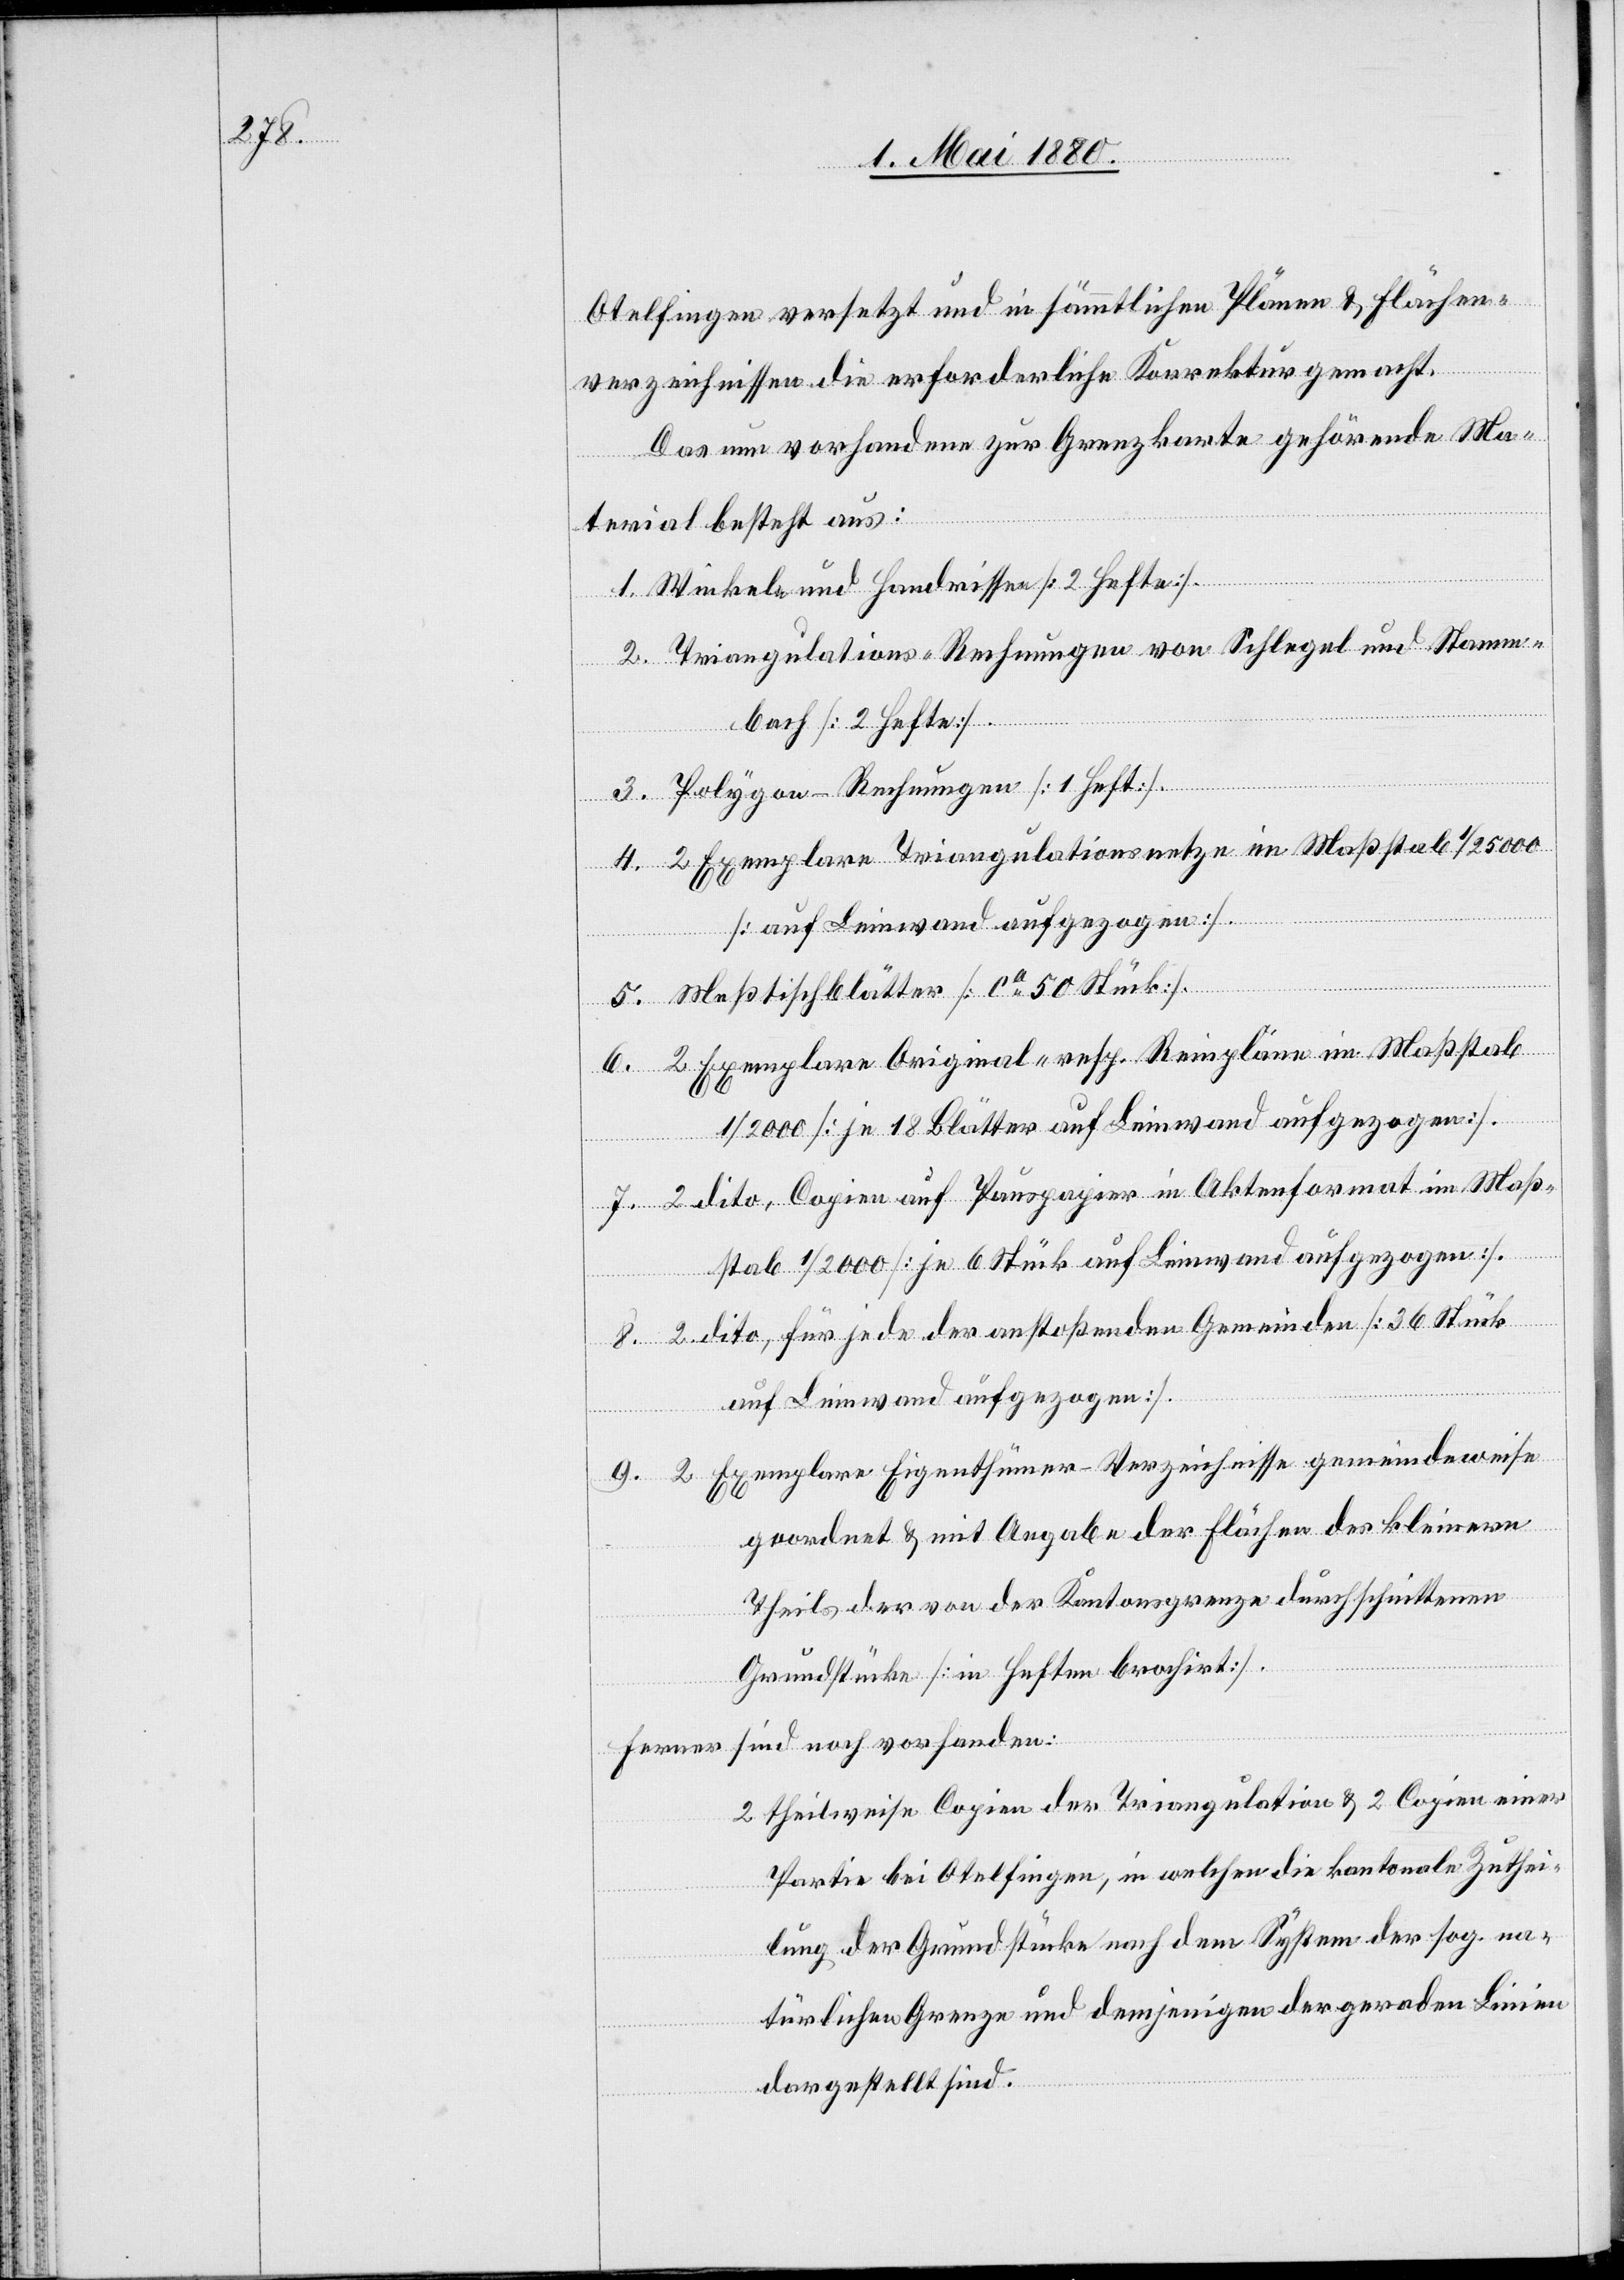
Otelfingen versetzt und in sämmtlichen Plänen & Flächen¬
verzeichnissen die erforderliche Korrektion gemacht.
Das nun vorhandene zur Grenzkarte gehörende Ma¬
terial besteht aus:
Winkel- und Handrisse [2 Hefte].
Triangulations-Rechnungen von Schlegel und Stamm¬
bach [2 Hefte].
Polygon-Rechnungen [1 Heft].
2 Exemplare Triangulationsnetze im Maßstab 1/25 000
auf Leinwand aufgezogen].
9.
Meßstichblätter [ca 50 Stück].
2 Exemplare Original- resp. Reinpläne im Maßstab
1/2000 [je 18 Blätter auf Leinwand aufgezogen].
2 dito, Copien auf Pauspapier in Aktenformat im Maß¬
stab 1/200 [je 6 Stück auf Leinwand aufgezogen].
2 dito, für jede der anstoßenden Gemeinden [36 Stück
2 Exemplare Eigenthümer-Verzeichnisse gemeindeweise
geordnet & mit Angabe der Flächen des kleinern
Theils der von der Kantonsgrenze durchschnittenen
Grundstücke [in Heften brochirt].
Ferner sind noch vorhanden:
2 theilweise Copien der Triangulation & 2 Copien einer
Partie bei Otelfingen, in welchen die kantonale Zuthei¬
lung der Grundstücke nach dem System der sog. na¬
türlichen Grenze und derjenigen der geraden Linien
dargestellt sind.